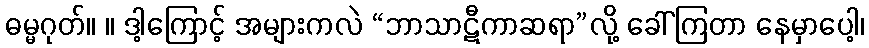
ဓမ္မဂုတ်။ ။ ဒါ့ကြောင့် အများကလဲ “ဘာသာဋီကာဆရာ”လို့ ခေါ်ကြတာ နေမှာပေါ့၊